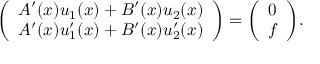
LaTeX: { \left( \begin{array} { l } { A ^ { \prime } ( x ) u _ { 1 } ( x ) + B ^ { \prime } ( x ) u _ { 2 } ( x ) } \\ { A ^ { \prime } ( x ) u _ { 1 } ^ { \prime } ( x ) + B ^ { \prime } ( x ) u _ { 2 } ^ { \prime } ( x ) } \end{array} \right) } = { \left( \begin{array} { l } { 0 } \\ { f } \end{array} \right) } .